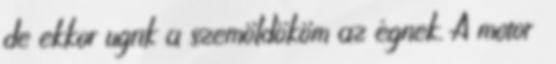
de ekkor ugrik a szemöldököm az égnek. A motor